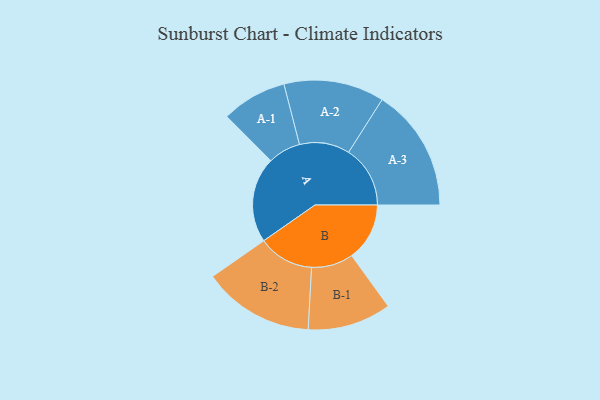
{"axis": {"x": "Segment", "y": "Value"}, "legend": ["", "A", "B"], "data": [{"x": "A", "y": 346, "type": ""}, {"x": "B", "y": 234, "type": ""}, {"x": "A-1", "y": 132, "type": "A"}, {"x": "A-2", "y": 203, "type": "A"}, {"x": "A-3", "y": 249, "type": "A"}, {"x": "B-1", "y": 169, "type": "B"}, {"x": "B-2", "y": 225, "type": "B"}]}